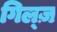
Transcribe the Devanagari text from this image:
गिल्ज़